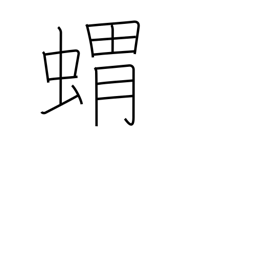
Meaning: hedgehog